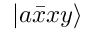
\left| a \bar { x } x y \right\rangle